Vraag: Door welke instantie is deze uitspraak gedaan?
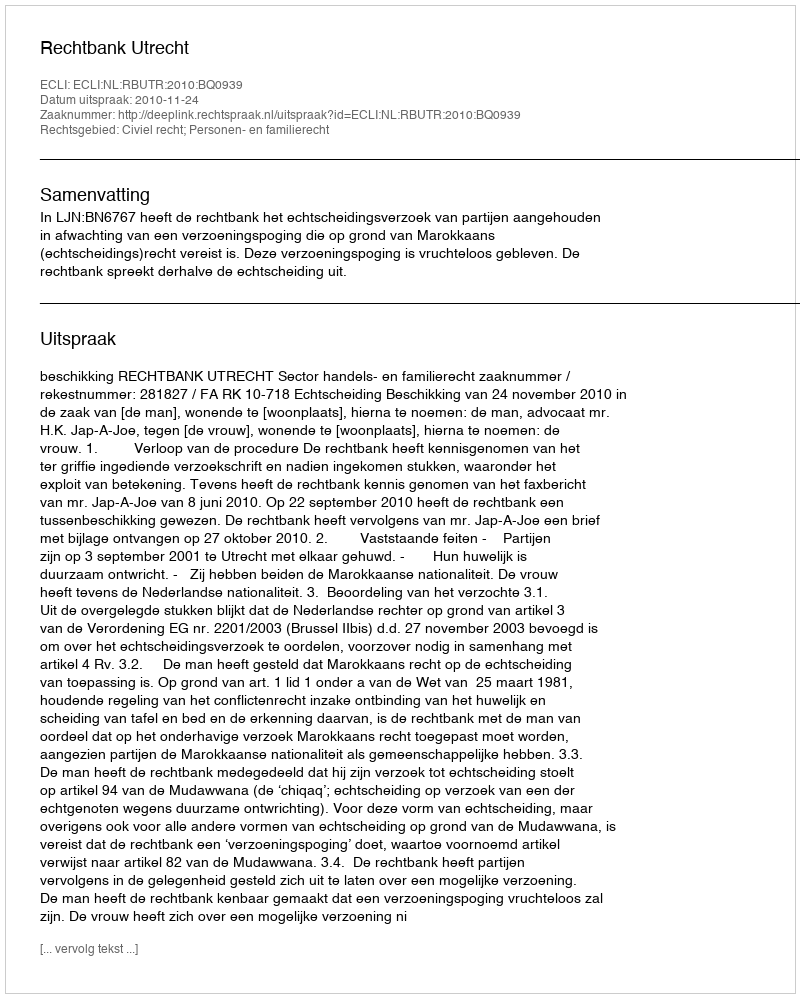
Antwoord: Rechtbank Utrecht